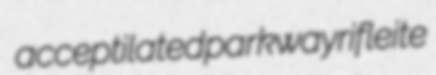
acceptilated parkway rifleite